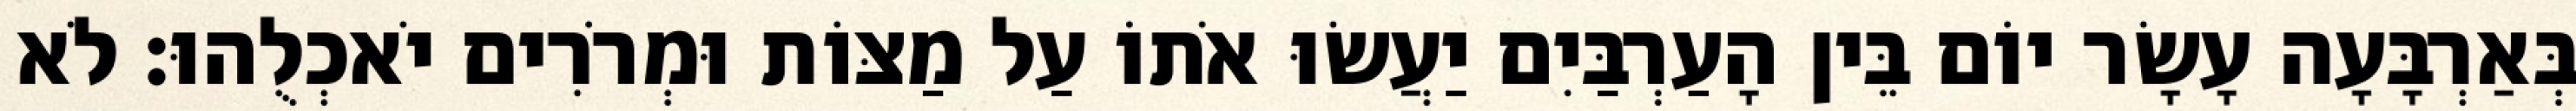
בְּאַרְבָּעָה עָשָׂר יוֹם בֵּין הָעַרְבַּיִם יַעֲשׂוּ אֹתוֹ עַל מַצּוֹת וּמְרֹרִים יֹאכְלֻהוּ׃ לֹא